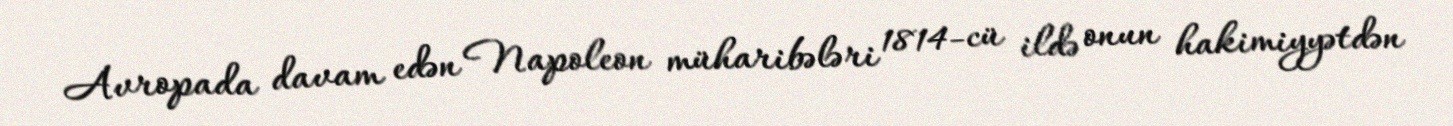
Avropada davam edən Napoleon müharibələri 1814-cü ildə onun hakimiyyətdən